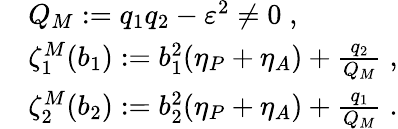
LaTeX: \begin{array}{rl}&{Q_{M}:=q_{1}q_{2}-\varepsilon^{2}\neq 0\; ,}\\ &{\zeta_{1}^{M}(b_{1}):=b_{1}^{2}(\eta_{P}+\eta_{A})+\frac{q_{2}}{Q_{M}}\; ,}\\ &{\zeta_{2}^{M}(b_{2}):=b_{2}^{2}(\eta_{P}+\eta_{A})+\frac{q_{1}}{Q_{M}}\; .}\end{array}